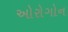
ઓરોગોન